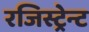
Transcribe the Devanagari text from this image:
रजिस्ट्रेन्ट